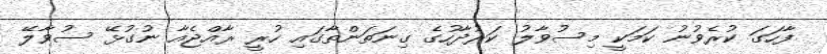
ފާހަގަ ކުރެވުނު ކަމަކީ މިސުވާލު ކަރުދާހުގެ ގިނަތަންތާގައި ހުރީ ރާއްޖެއާ ނުގުޅޭ ސުވާލޭ